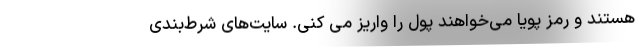
هستند و رمز پویا می‌خواهند پول را واریز می کنی. سایت‌های شرط‌بندی